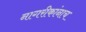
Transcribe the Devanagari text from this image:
नागरीकांनाच